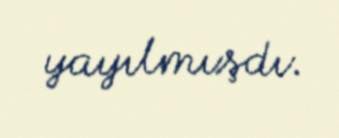
yayılmışdı.